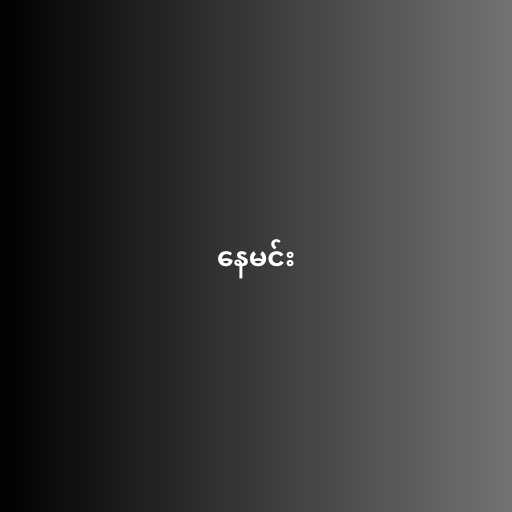
နေမင်း